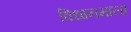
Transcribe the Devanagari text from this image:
विधानमाला